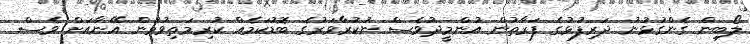
ލޯބިން ގެންގުޅުނު ދަރިފުޅުގެ ފަރާތުން އުންމީދުވެސް ނުކުރާވަރުގެ ބޮޑުކަމެއް ކުރިމަތިވުމުން އޭނާއަށް ވެސް